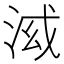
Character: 𣴤